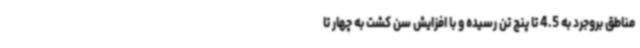
مناطق بروجرد به 4.5 تا پنج تن رسیده و با افزایش سن کشت به چهار تا